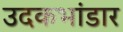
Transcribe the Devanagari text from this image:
उदकभांडार